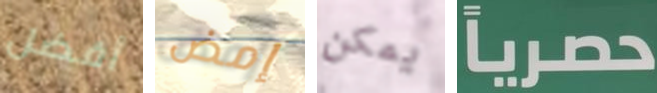
أفضل إمض يمكن حصرياً